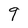
Character: q